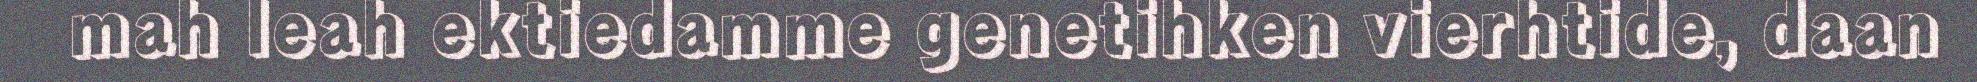
mah leah ektiedamme genetihken vierhtide, daan